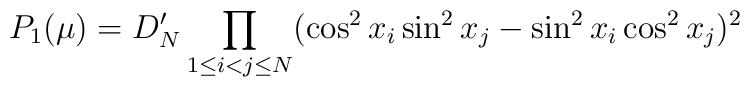
P_1(\mu) = D^\prime_N \prod_{1 \le i<j \le N} (\cos^2 x_i \sin^2x_j - \sin^2x_i \cos^2x_j)^2